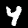
Digit: 4